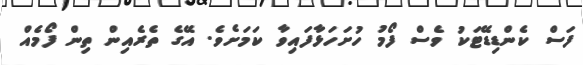
ފަސް ކެންޑިޑޭޓަކު ވެސް ފޯމު ހުށަހަޅާފައިވާ ކަމަށެވެ. އޭގެ ތެރެއިން ތިން ފޯމެއް